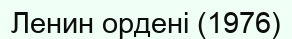
Ленин ордені (1976)